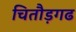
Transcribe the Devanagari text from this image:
चितौड़गढ